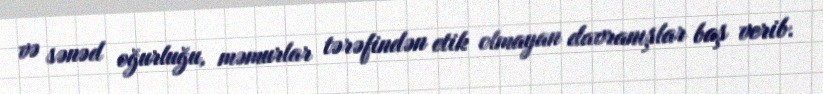
və sənəd oğurluğu, məmurlar tərəfindən etik olmayan davranışlar baş verib.